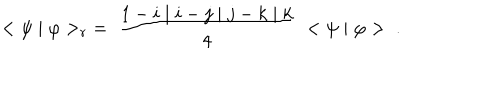
< \psi \mid \varphi > _ { r } \; = \; \frac { 1 - i \mid i - j \mid j - k \mid k } { 4 } \; < \psi \mid \varphi > \; \; .